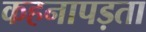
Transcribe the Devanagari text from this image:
कहनापड़ता